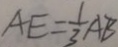
A E = \frac { 1 } { 3 } A B